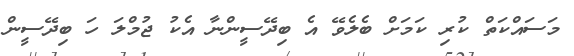
މަސައްކަތް ކުރި ކަމަށް ބެލެވޭ އެ ބިދޭސީންނާ އެކު ޖުމްލަ ހަ ބިދޭސީން